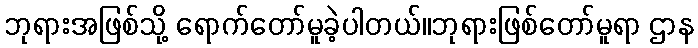
ဘုရားအဖြစ်သို့ ရောက်တော်မူခဲ့ပါတယ်။ဘုရားဖြစ်တော်မူရာ ဌာန